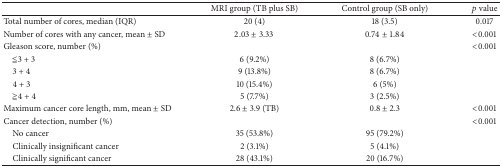
|  | MRI group (TB plus SB) | Control group (SB only) | p value |
 | --- | --- | --- | --- |
 | Total number of cores, median (IQR) | 20 (4) | 18 (3.5) | 0.017 |
 | Number of cores with any cancer, mean ± SD | 2.03 ± 3.33 | 0.74 ± 1.84 | <0.001 |
 | Gleason score, number (%) |  |  | <0.001 |
 | ≦3 + 3 | 6 (9.2%) | 8 (6.7%) |  |
 | 3 + 4 | 9 (13.8%) | 8 (6.7%) |  |
 | 4 + 3 | 10 (15.4%) | 6 (5%) |  |
 | ≧4 + 4 | 5 (7.7%) | 3 (2.5%) |  |
 | Maximum cancer core length, mm, mean ± SD | 2.6 ± 3.9 (TB) | 0.8 ± 2.3 | <0.001 |
 | Cancer detection, number (%) |  |  | <0.001 |
 | No cancer | 35 (53.8%) | 95 (79.2%) |  |
 | Clinically insignificant cancer | 2 (3.1%) | 5 (4.1%) |  |
 | Clinically significant cancer | 28 (43.1%) | 20 (16.7%) |  |